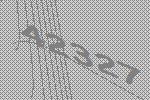
42327